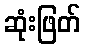
ဆုံးဖြတ်